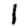
Digit: 1